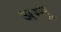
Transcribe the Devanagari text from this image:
अम्मू